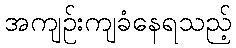
အကျဉ်းကျခံနေရသည့်